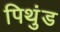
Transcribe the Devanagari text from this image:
पिथुंड